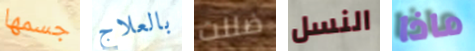
جسمها بالعلاج ضللت النسل ماذا